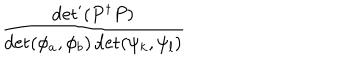
LaTeX: \displaystyle \frac { \det ^ { \prime } ( P ^ { \dagger } P ) } { \det ( \phi _ { a } , \phi _ { b } ) \det ( \psi _ { k } , \psi _ { l } ) }